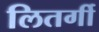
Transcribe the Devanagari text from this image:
लितर्गी